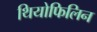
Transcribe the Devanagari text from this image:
थियोफिलिन